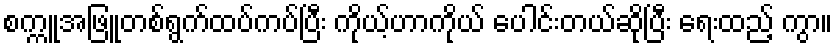
စက္ကူအဖြူတစ်ရွက်ထပ်ကပ်ပြီး ကိုယ့်ဟာကိုယ် ပေါင်းတယ်ဆိုပြီး ရေးထည့် ကွာ။